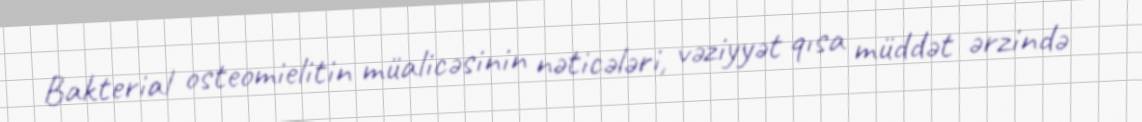
Bakterial osteomielitin müalicəsinin nəticələri, vəziyyət qısa müddət ərzində